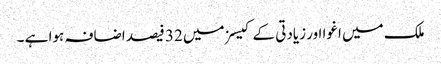
ملک میں اغوا اور زیادتی کے کیسزمیں 32 فیصد اضافہ ہوا ہے ۔